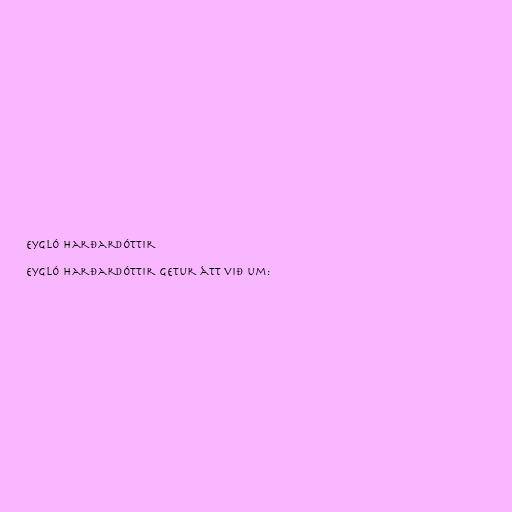
Eygló Harðardóttir

Eygló Harðardóttir getur átt við um: